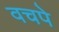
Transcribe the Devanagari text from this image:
वचपे